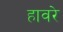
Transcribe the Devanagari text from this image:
हावरे